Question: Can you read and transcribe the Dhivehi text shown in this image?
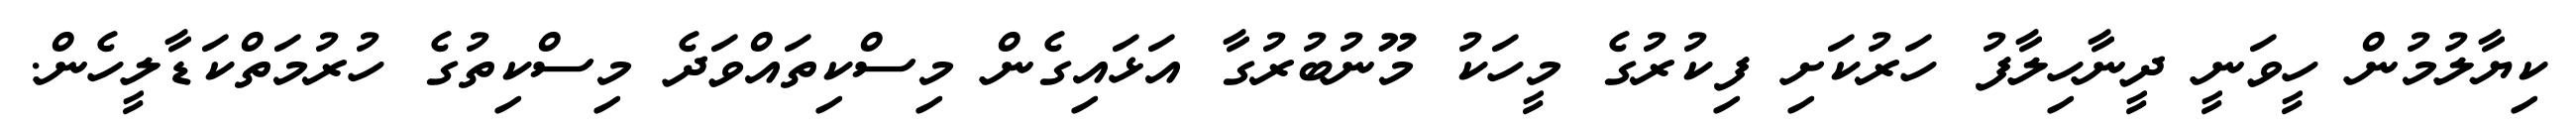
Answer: ކިޔާލުމުން ހީވަނީ ދީނާހިލާފު ހަރުކަށި ފިކުރުގެ މީހަކު މޫނުބުރުގާ އަޅައިގެން މިސްކިތައްވަދެ މިސްކިތުގެ ހުރުމަތްކަޑާލީހެން.